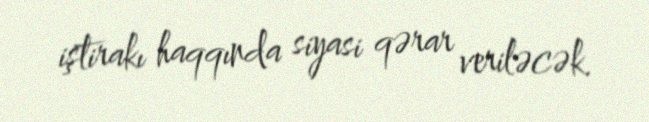
iştirakı haqqında siyasi qərar veriləcək.